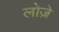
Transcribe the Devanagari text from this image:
लोज़े